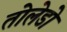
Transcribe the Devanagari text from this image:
तोलेडो